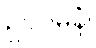
ဥပဂမနံ၊